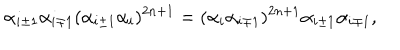
LaTeX: \alpha _ { i \pm 1 } \alpha _ { i \mp 1 } ( \alpha _ { i \pm 1 } \alpha _ { i } ) ^ { 2 n + 1 } = ( \alpha _ { i } \alpha _ { i \mp 1 } ) ^ { 2 n + 1 } \alpha _ { i \pm 1 } \alpha _ { i \mp 1 } ,